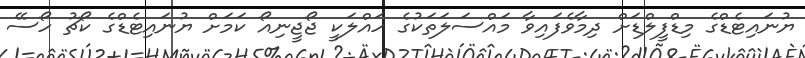
ޔުނައިޓެޑްގެ މިޑްފީލްޑަށް ދިމާވެފައިވާ މައްސަލަތަކުގެ ހައްލަކީ ޖޯޖީނިއޯ ކަމަށް ޔުނައިޓެޑްގެ ކޯޗު ހޯސޭ